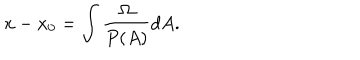
x - x _ { 0 } = \int \frac { \Omega } { P ( A ) } d A .